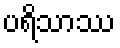
ပရိသာဿ